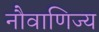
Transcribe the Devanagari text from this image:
नौवाणिज्य